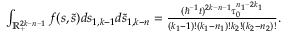
\begin{array} { r } { \int _ { \mathbb { R } _ { + } ^ { 2 k - n - 1 } } f ( \boldsymbol { s } , \boldsymbol { \tilde { s } } ) d \boldsymbol { s } _ { 1 , k - 1 } d \boldsymbol { \tilde { s } } _ { 1 , k - n } = \frac { ( \hbar ^ { - 1 } t ) ^ { 2 k - n - 1 } \tau _ { 0 } ^ { n _ { 1 } - 2 k _ { 1 } } } { ( k _ { 1 } - 1 ) ! ( k _ { 1 } - n _ { 1 } ) ! k _ { 2 } ! ( k _ { 2 } - n _ { 2 } ) ! } . } \end{array}